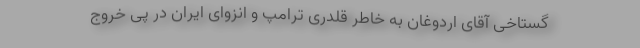
گستاخی آقای اردوغان به خاطر قلدری ترامپ و انزوای ایران در پی خروج